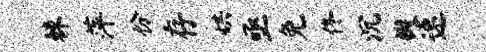
棘萍份存烘亟免佟沉瓣速